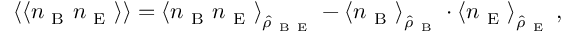
\left\langle \langle n _ { \mathrm { ~ B ~ } } n _ { \mathrm { ~ E ~ } } \right\rangle \rangle = \left\langle { n } _ { \mathrm { ~ B ~ } } { n } _ { \mathrm { ~ E ~ } } \right\rangle _ { \hat { \rho } _ { \mathrm { ~ B ~ E ~ } } } - \left\langle { n } _ { \mathrm { ~ B ~ } } \right\rangle _ { \hat { \rho } _ { \mathrm { ~ B ~ } } } \cdot \left\langle { n } _ { \mathrm { ~ E ~ } } \right\rangle _ { \hat { \rho } _ { \mathrm { ~ E ~ } } } ,